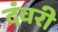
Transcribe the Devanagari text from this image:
दंवरी